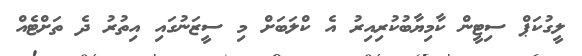
ލީގުކަޕް ސިޓީން ކާމިޔާބުކުރިއިރު އެ ކްލަބަށް މި ސީޒަނުގައި އިތުރު ދެ ތަށްޓެއް